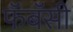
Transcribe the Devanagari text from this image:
फॅबॅसी